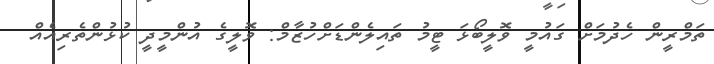
ތަމްރީން ހެދުމަށް ގައުމީ ވޮލީބޯޅަ ޓީމު ތައިލެންޑަށްހުޒާމް: ވޮލީގެ އުންމީދީ ކުޅުންތެރިއެއް